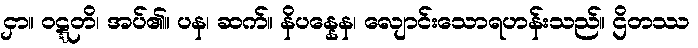
ငှာ။ ဝဋ္ဋတိ၊ အပ်၏။ ပန၊ ဆက်။ နိပန္နေန၊ လျောင်းသောရဟန်းသည်။ ဌိတဿ